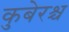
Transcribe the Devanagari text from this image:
कुबेरश्च